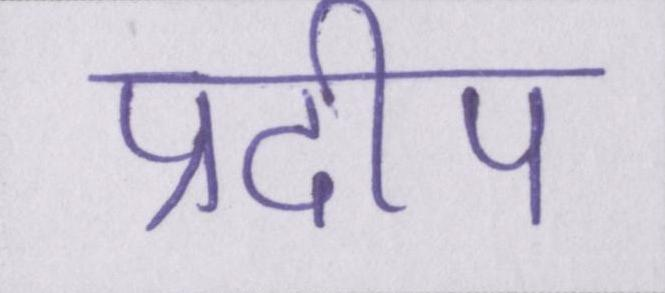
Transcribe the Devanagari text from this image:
प्रदीप